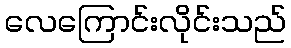
လေကြောင်းလိုင်းသည်